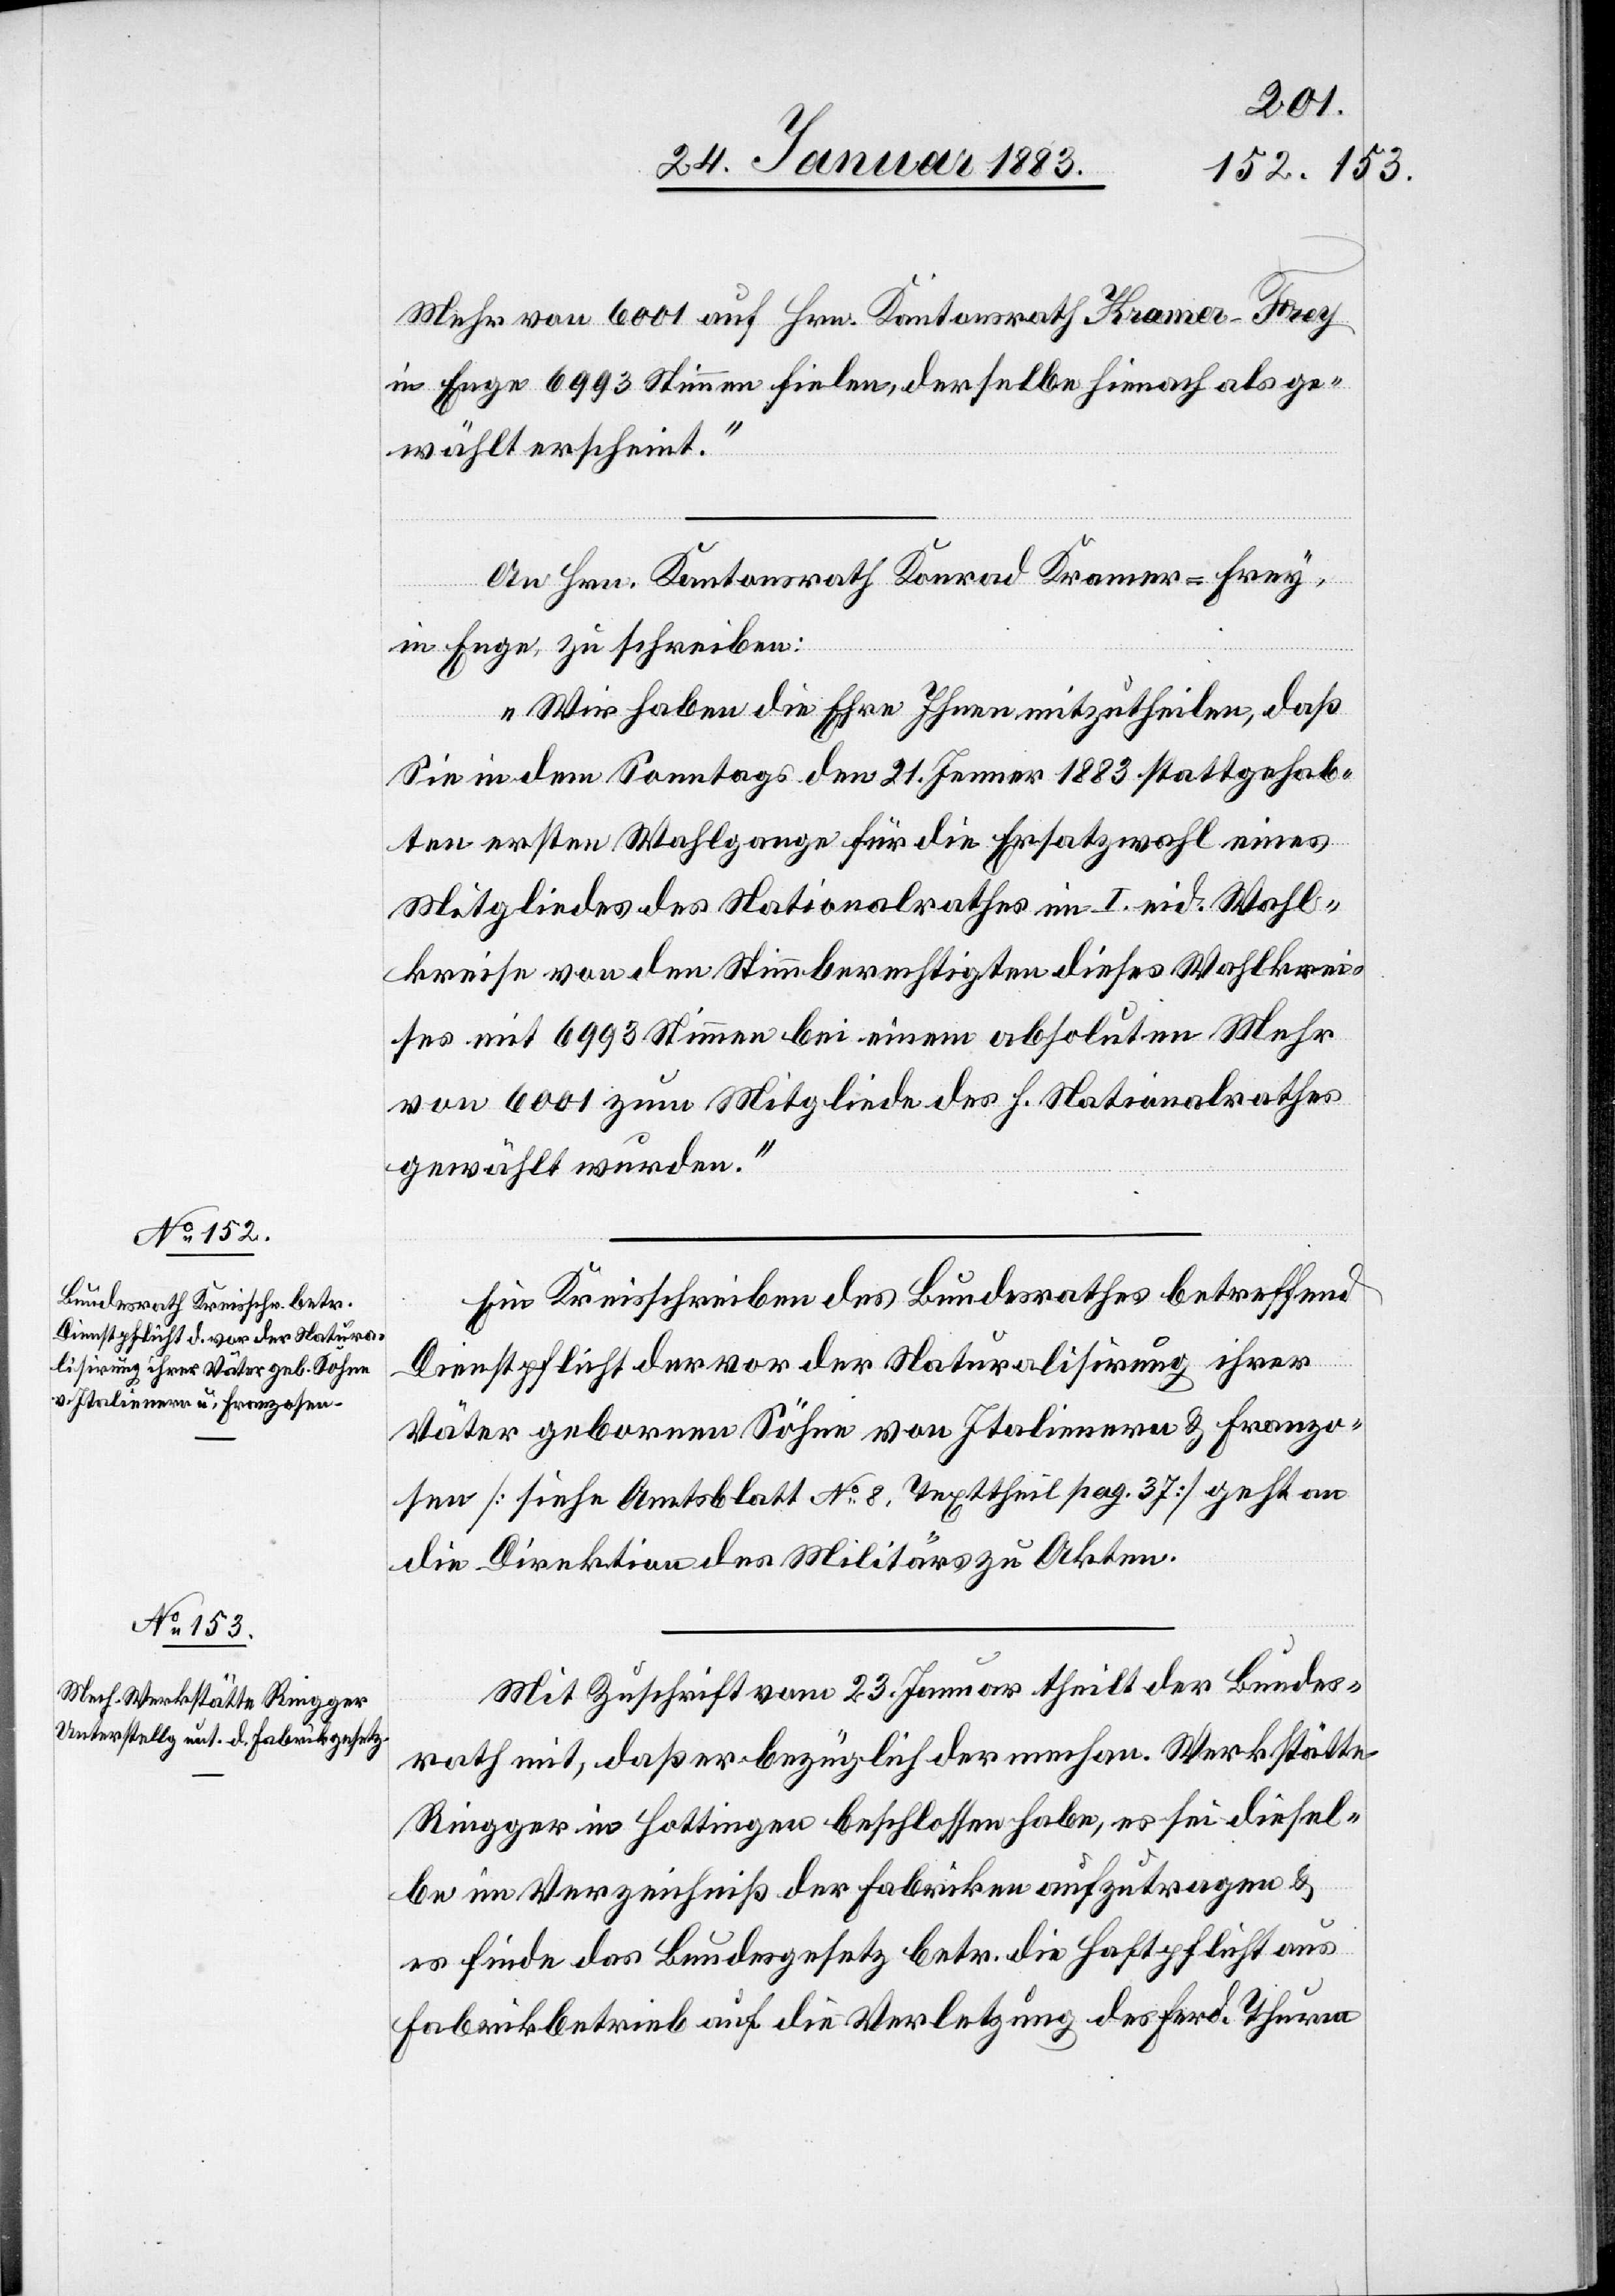
25. Januar 1883.]
Mehr von 6001 auf Hrn. Kantonsrath Kramer-Frey
in Enge 6993 Stimmen fielen, derselbe hienach als ge¬
wählt erscheint.“
An Hrn. Kantonsrath Konrad Kramer-Frey,
in Enge, zu schreiben:
„Wir haben die Ehre Ihnen mitzutheilen, daß
Sie in dem Sonntags den 21. Jenner 1883 stattgehab¬
ten ersten Wahlgange für die Ersatzwahl eines
Mitgliedes des Nationalrathes im I. eid. Wahl¬
kreise von den Stimmberechtigten dieses Wahlkrei¬
ses mit 6993 Stimmen bei einem absoluten Mehr
von 6001 zum Mitgliede des h. Nationalrathes
gewählt wurden.“
Ein Kreisschreiben des Bundesrathes betreffend
Dienstpflicht der vor der Naturalisirung ihrer
Väter geborenen Söhne von Italienern & Franzo¬
sen [siehe Amtsblatt No 8, Texttheil pag. 37] geht an
die Direktion des Militärs zu Akten.
Mit Zuschrift vom 23. Januar theilt der Bundes¬
rath mit, daß er bezüglich der mechan. Werkstätte
Ringger in Hottingen beschlossen habe, es sei diesel¬
be im Verzeichniß der Fabriken einzutragen &
es finde das Bundesgesetz betr. die Haftpflicht aus
Fabrikbetrieb auf die Verletzung des Ferd. Thurm